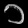
Digit: ၁